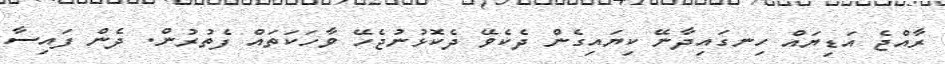
ރާއްޖެ އަޑިޔައް ހިނގައިދާނޭ ކިޔައިގެން ދެކެވޭ ދެކޮޅުނުޖެހޭ ވާހަކަތައް ފެތުރުން. ދެން ފައިސާ